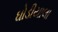
ઘોડીયાલા